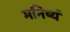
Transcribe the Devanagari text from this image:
मनिष्यं